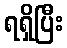
ရရှိပြီး